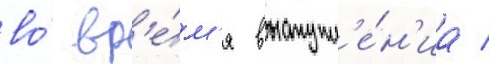
во́ вр'е́м'я выступл'е́н'иа /